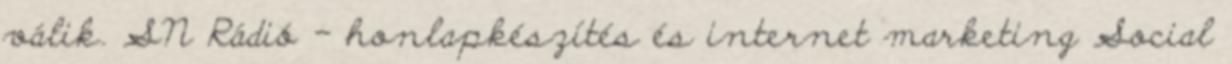
válik. SN Rádió - honlapkészítés és internet marketing Social